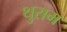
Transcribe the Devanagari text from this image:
थुराम